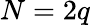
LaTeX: N=2q